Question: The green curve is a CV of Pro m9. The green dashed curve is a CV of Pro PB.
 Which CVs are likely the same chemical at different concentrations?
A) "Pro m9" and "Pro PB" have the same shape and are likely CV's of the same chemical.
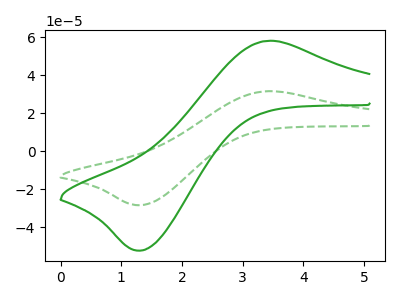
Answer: <think>The green curve "Pro m9" has an anodic peak at (3.40V, 57.90uA) and a cathodic peak at (1.35V, -52.30uA). The green dashed curve "Pro PB" has an anodic peak at (3.40V, 31.45uA) and a cathodic peak at (1.35V, -28.40uA).
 All the peaks in "Pro m9" have a peak in "Pro PB" at the same potential. Every peak in "Pro m9" is higher than every peak in "Pro PB".</think>
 <answer>A) "Pro m9" and "Pro PB" have the same shape and are likely CV's of the same chemical.</answer>
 <eval>A</eval>